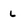
Character: L